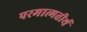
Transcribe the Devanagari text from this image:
परमात्मतीर्थ